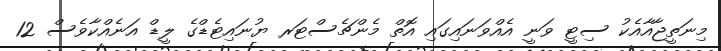
މިނަތީޖާއާއެކު ސިޓީ ވަނީ އެއްވަނައިގައި އޮތް މެންޗެސްޓަރ ޔުނައިޓެޑްގެ ލީޑް އަނެއްކާވެސް 12